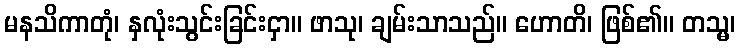
မနသိကာတုံ၊ နှလုံးသွင်းခြင်းငှာ။ ဖာသု၊ ချမ်းသာသည်။ ဟောတိ၊ ဖြစ်၏။ တသ္မ၊